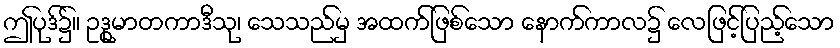
ဤပုဒ်၌။ ဥဒ္ဓုမာတကာဒီသု၊ သေသည်မှ အထက်ဖြစ်သော နောက်ကာလ၌ လေဖြင့်ပြည့်သော